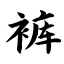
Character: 裤